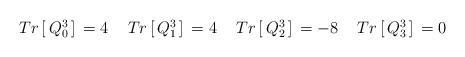
LaTeX: \begin{align*}\left. \begin{array}{llll} Tr\,[\,Q^{3}_{0}\,]\,= 4 \, & \,Tr\,[\,Q^{3}_{1}\,]\,= 4 \, & \, Tr\,[\,Q^{3}_{2}\,]\, = -8 \, & \,Tr\,[\,Q^{3}_{3}\,]\, = 0\end{array}\right.\end{align*}